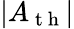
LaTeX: |A_{\mathrm{~t~h~}}|